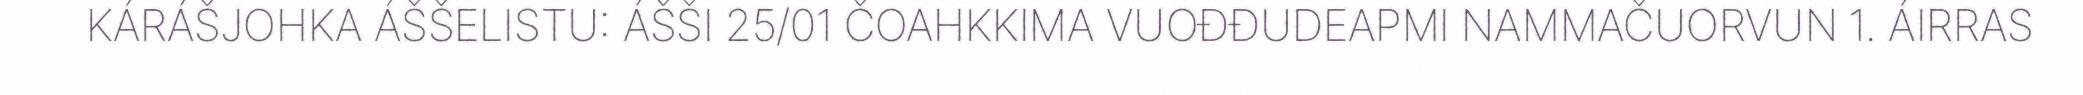
KÁRÁŠJOHKA ÁŠŠELISTU: ÁŠŠI 25/01 ČOAHKKIMA VUOĐĐUDEAPMI NAMMAČUORVUN 1. ÁIRRAS